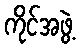
ကိုင်အဖွဲ့